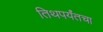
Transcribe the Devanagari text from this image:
तिथपर्यंतचा